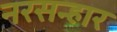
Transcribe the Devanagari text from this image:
नरसन्हार